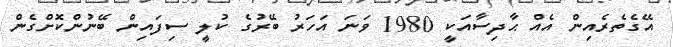
އޭގެތެރެއިން އެއް ޙާދިސާއަކީ 1980 ވަނަ އަހަރު ބޭރުގެ ކުލީ ސިފައިން ބޭނުންކޮށްގެން